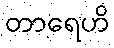
တာရေဟိ